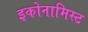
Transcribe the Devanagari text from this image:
इकोनामिस्ट